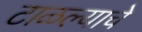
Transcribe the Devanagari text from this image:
टाळल्याचे